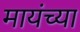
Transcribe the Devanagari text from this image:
मायंच्या